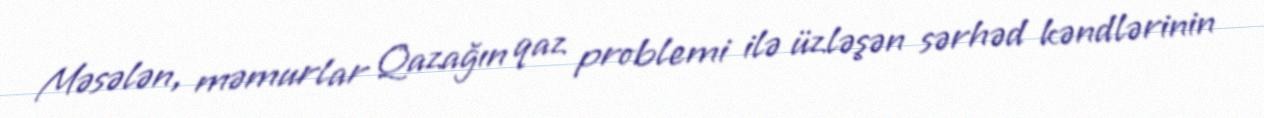
Məsələn, məmurlar Qazağın qaz problemi ilə üzləşən sərhəd kəndlərinin